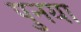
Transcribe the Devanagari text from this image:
पुनया